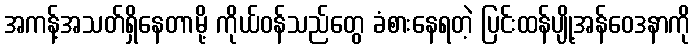
အကန့်အသတ်ရှိနေတာမို့ ကိုယ်ဝန်သည်တွေ ခံစားနေရတဲ့ ပြင်းထန်ပျို့အန်ဝေဒနာကို